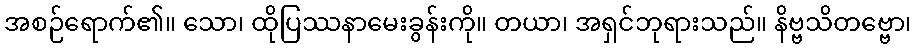
အစဉ်ရောက်၏။ သော၊ ထိုပြဿနာမေးခွန်းကို။ တယာ၊ အရှင်ဘုရားသည်။ နိဗ္ဗသိတဗ္ဗော၊